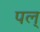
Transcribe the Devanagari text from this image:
पल्